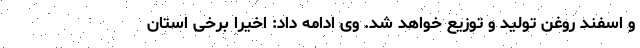
و اسفند روغن تولید و توزیع خواهد شد. وی ادامه داد: اخیرا برخی استان